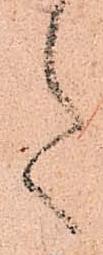
た